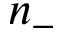
n _ { - }